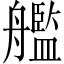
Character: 艦